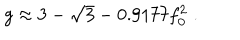
g \approx 3 - \sqrt 3 - 0 . 9 1 7 7 f _ { 0 } ^ { 2 } \; .